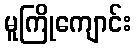
မူကြိုကျောင်း